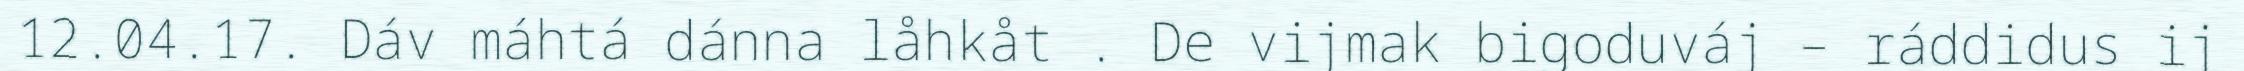
12.04.17. Dáv máhtá dánna låhkåt . De vijmak bigoduváj – ráddidus ij